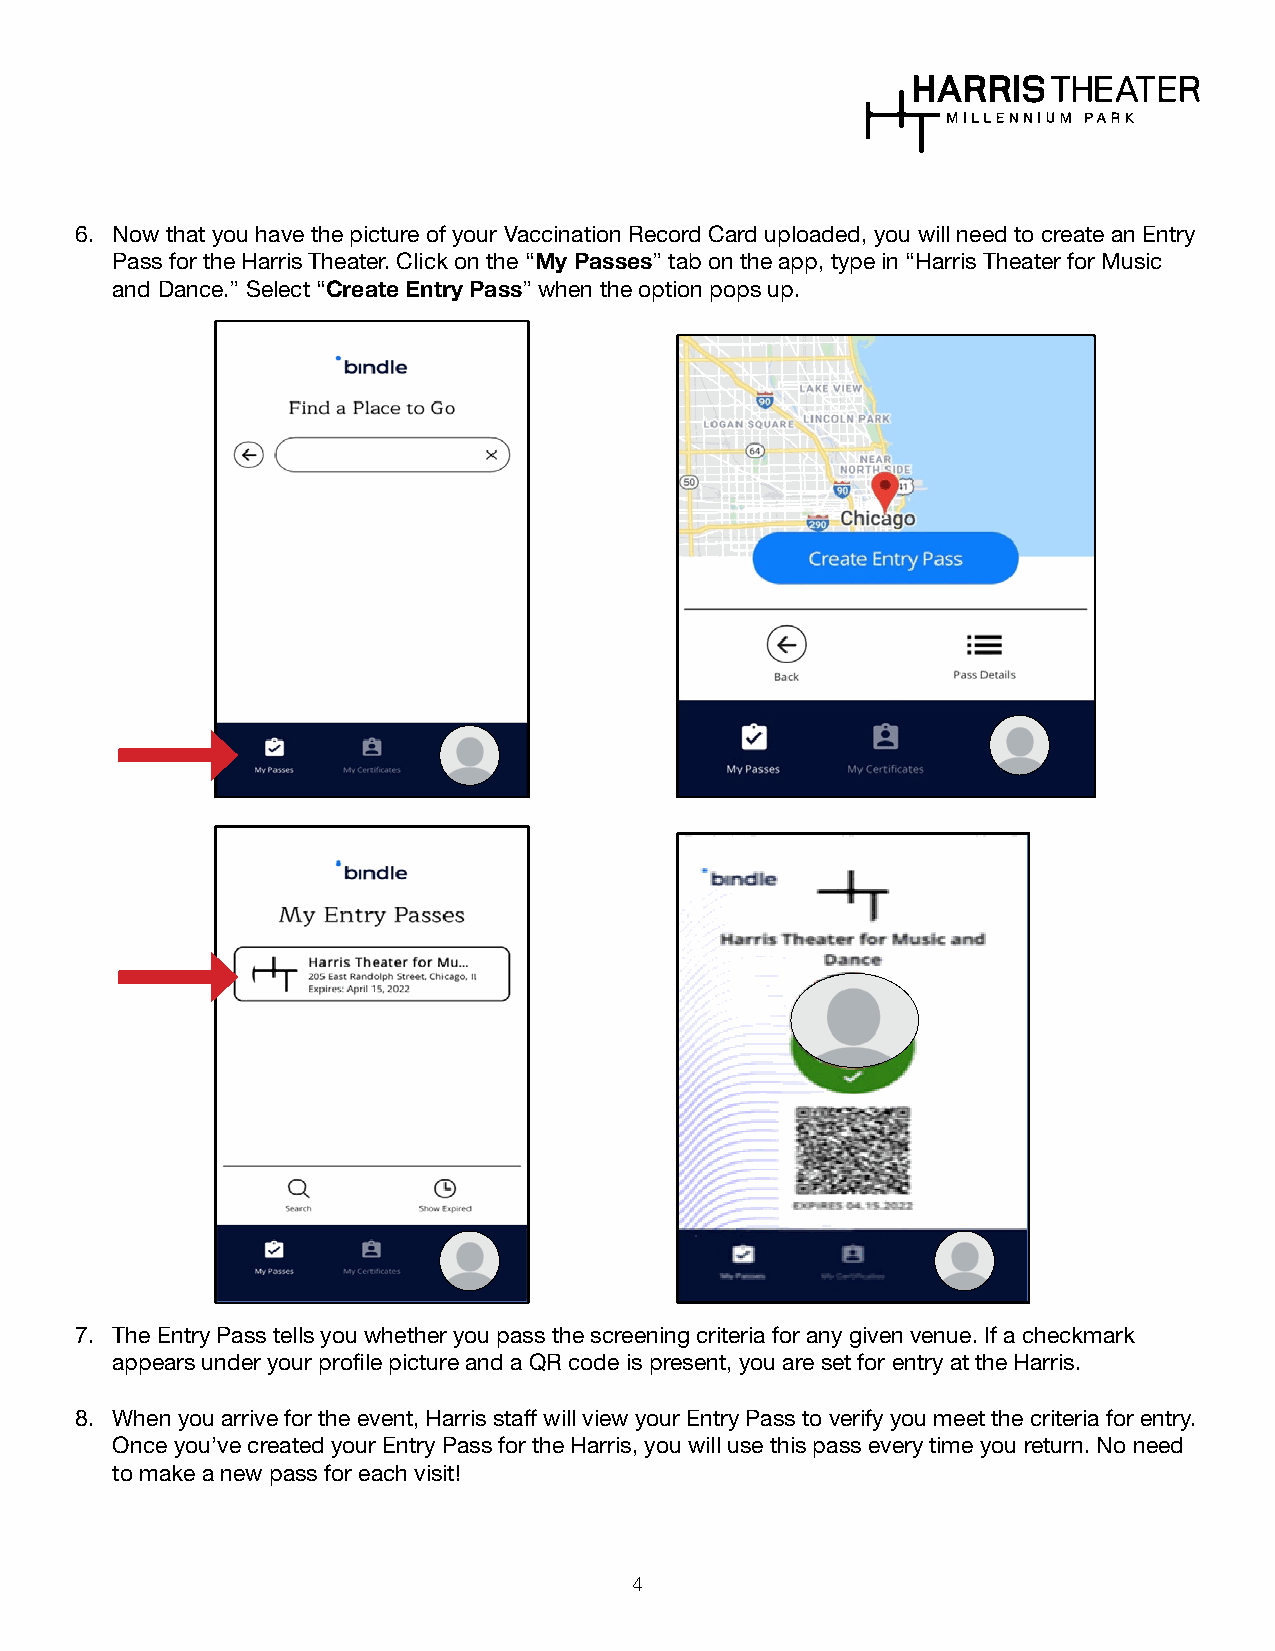
6. Now that you have the picture of your Vaccination Record Card uploaded, you will need to create an Entry
 Pass for the Harris Theater. Click on the “My Passes” tab on the app, type in “Harris Theater for Music
 and Dance.” Select “Create Entry Pass” when the option pops up.
 7. The Entry Pass tells you whether you pass the screening criteria for any given venue. If a checkmark
 appears under your profile picture and a QR code is present, you are set for entry at the Harris.
 8. When you arrive for the event, Harris staff will view your Entry Pass to verify you meet the criteria for entry.
 Once you’ve created your Entry Pass for the Harris, you will use this pass every time you return. No need
 to make a new pass for each visit!
 4